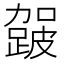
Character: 𮜈